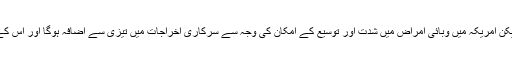
انہوں نے کہا کہ یہ ایک عالمی بحران ہے لیکن امریکہ میں وبائی امراض میں شدت اور توسیع کے امکان کی وجہ سے سرکاری اخراجات میں تیزی سے اضافہ ہوگا اور اس کے نتیجے میں بڑے قرضوں میں اضافہ ہوگا۔